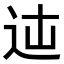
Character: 𨑿